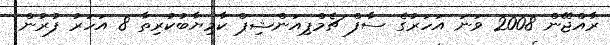
ރާއްޖޭން 2008 ވަނަ އަހަރުގެ ސާފް ޗެމްޕިއަންޝިޕް ކާމިޔާބުކުރިތާ 8 އަހަރު ފުރުން